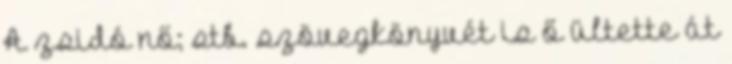
A zsidó nő; stb. szövegkönyvét is ő ültette át